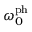
\omega _ { 0 } ^ { \mathrm { p h } }